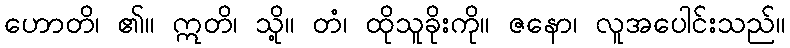
ဟောတိ၊ ၏။ ဣတိ၊ သို့။ တံ၊ ထိုသူခိုးကို။ ဇနော၊ လူအပေါင်းသည်။